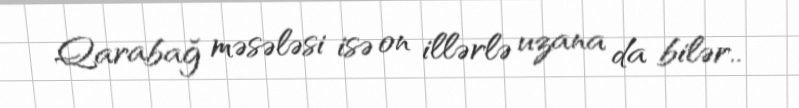
Qarabağ məsələsi isə on illərlə uzana da bilər..